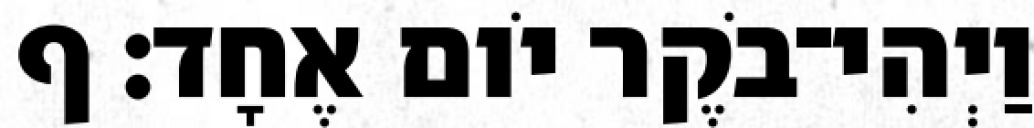
וַיְהִי־בֹקֶר יֹום אֶחָד׃ ף